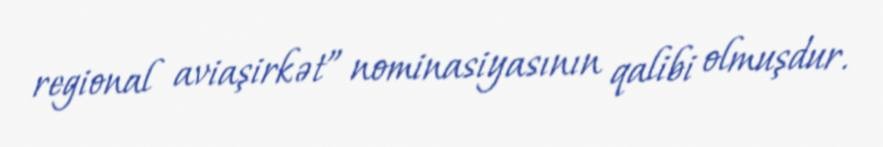
regional aviaşirkət” nominasiyasının qalibi olmuşdur.